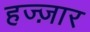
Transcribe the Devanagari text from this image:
हज्ज़ार